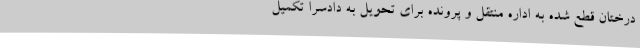
درختان قطع شده به اداره منتقل و پرونده برای تحویل به دادسرا تکمیل